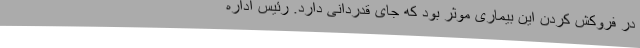
در فروکش کردن این بیماری موثر بود که جای قدردانی دارد. رئیس اداره